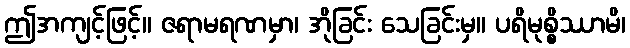
ဤအကျင့်ဖြင့်။ ဇရာမရဏမှာ၊ အိုခြင်း သေခြင်းမှ။ ပရိမုစ္စိဿာမိ၊